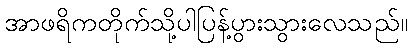
အာဖရိကတိုက်သို့ပါပြန့်ပွားသွားလေသည်။